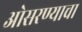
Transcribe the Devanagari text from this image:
ओसरण्याचा